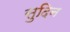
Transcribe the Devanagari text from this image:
सुदिन